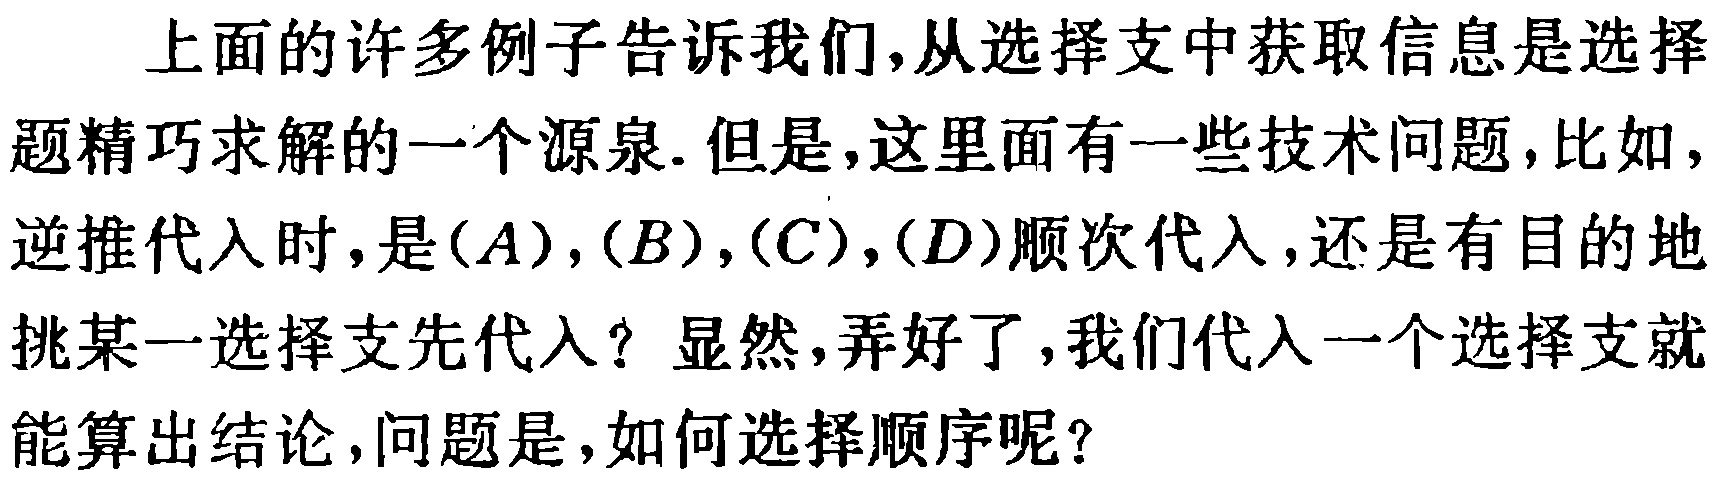
上面的许多例子告诉我们,从选择支中获取信息是选择题精巧求解的一个源泉.但是,这里面有一些技术问题,比如,逆推代入时,是$(A),(B),(C),(D)$顺次代入,还是有目的地挑某一选择支先代入？显然,弄好了,我们代入一个选择支就能算出结论,问题是,如何选择顺序呢？